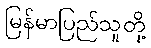
မြန်မာပြည်သူတို့